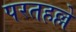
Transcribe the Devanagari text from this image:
परतहल्ले